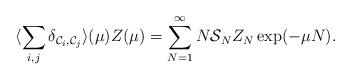
LaTeX: \begin{align*}\protect \langle \sum_{i,j} \delta_{{\cal{C}}_i,{\cal{C}}_j}\rangle (\mu) Z(\mu) = \sum_{N=1}^{\infty} N{\cal{S}}_NZ_N \exp (-\mu N).\end{align*}